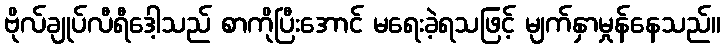
ဗိုလ်ချုပ်လီရီဒေါ့သည် စာကိုပြီးအောင် မရေးခဲ့ရသဖြင့် မျက်နှာမှုန်နေသည်။